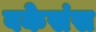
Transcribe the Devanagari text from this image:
वकेसंस